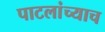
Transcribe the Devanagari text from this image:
पाटलांच्याच